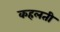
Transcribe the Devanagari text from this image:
कहलती